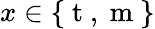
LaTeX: x\in\{ \mathrm{~t~},\mathrm{~m~}\}